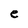
Character: e